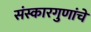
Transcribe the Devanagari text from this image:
संस्कारगुणांचे